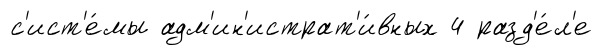
с'ист'е́мы адм'ин'истрат'и́вных 4 разд'е́л'е